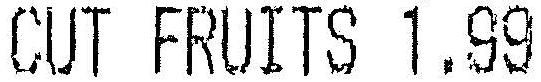
CUT FRUITS 1.99